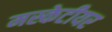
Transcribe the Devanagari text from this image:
मस्केटीयर